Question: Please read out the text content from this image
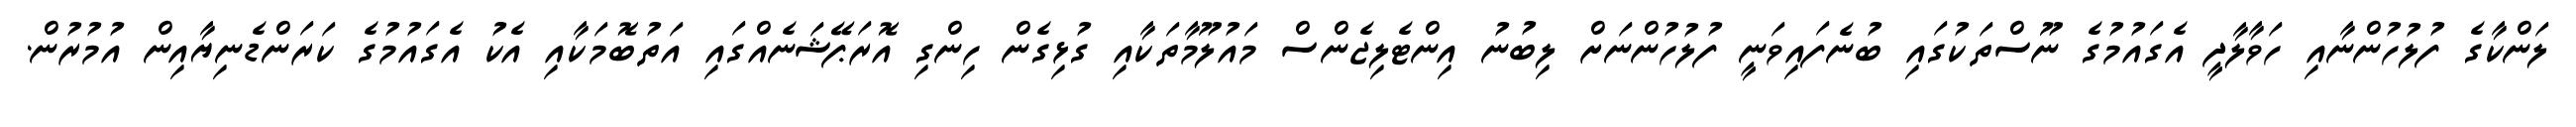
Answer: ލަންކާގެ ފުލުހުންނާއި ހަވާލާދީ އެގައުމުގެ ނޫސްތަކުގައި ބުނެފައިވަނީ ފުލުހުންނަށް ލިބުނު އިންޓެލިޖެންސް މައުލޫމާތަކާއި ގުޅިގެން ހިންގި އޮރަޕޭޝަނެއްގައި އަތުބޮމަކާއި އެކު އެގައުމުގެ ކަރަންޑެނިޔާއިން އުމުރުން.